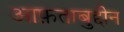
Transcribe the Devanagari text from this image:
आफ़ताबुद्दीन